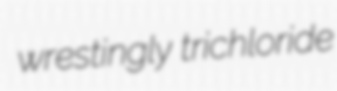
wrestingly trichloride